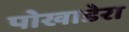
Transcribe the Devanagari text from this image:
पोखाडेरा